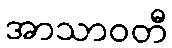
အာသာဝတီ